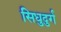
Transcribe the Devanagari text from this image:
सिधुदुर्ग